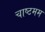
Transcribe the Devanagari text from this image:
चाष्टमम